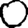
Digit: 0